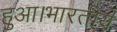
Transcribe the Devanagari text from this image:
हुआ।भारतीय